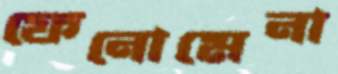
ফেনোমেনা